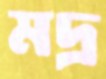
মদ্র